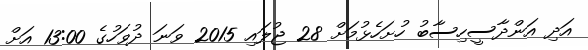
އަދި އަންދާސީހިސާބު ހުށަހެޅުމަށް 28 ޖުލައި 2015 ވަނަ ދުވަހުގެ 13:00 އަށް